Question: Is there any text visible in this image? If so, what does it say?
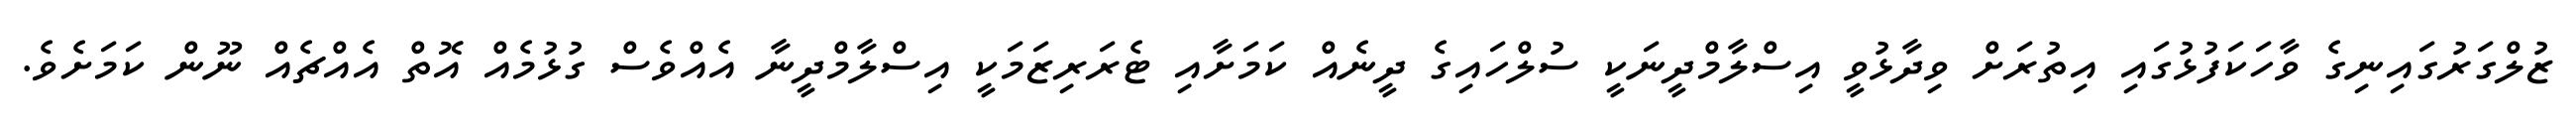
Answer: ޒުލްގަރުގައިނިގެ ވާހަކަފުޅުގައި އިތުރަށް ވިދާޅުވީ އިސްލާމްދީނަކީ ސުލްހައިގެ ދީނެއް ކަމަށާއި ޓެރަރިޒަމަކީ އިސްލާމްދީނާ އެއްވެސް ގުޅުމެއް އޮތް އެއްޗެއް ނޫން ކަމަށެވެ.